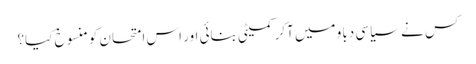
کس نے سیاسی دباو میں آکر کمیٹی بنائی اور اس امتحان کومنسوخ کیا؟